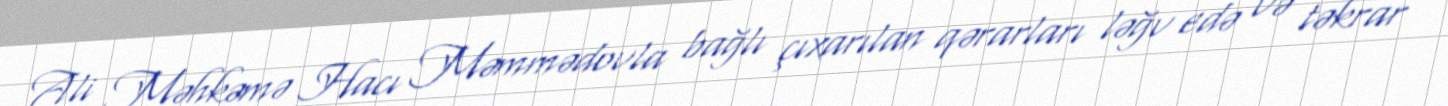
Ali Məhkəmə Hacı Məmmədovla bağlı çıxarılan qərarları ləğv edə və təkrar